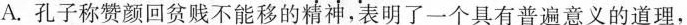
A.孔子称赞颜回贫贱不能移的精神，表明了一个具有普遍意义的道理，